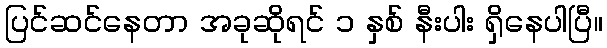
ပြင်ဆင်နေတာ အခုဆိုရင် ၁ နှစ် နီးပါး ရှိနေပါပြီ။